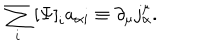
\sum _ { i } \left[ \Psi \right] _ { i } a _ { \alpha i } \equiv \partial _ { \mu } j _ { \alpha } ^ { \mu } .